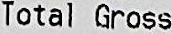
TOTAL GROSS